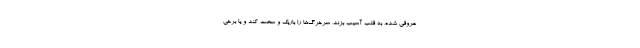
عروقی شده، به قلب آسیب بزند، سرخرگ‌ها را باریک و سخت کند و یا برخی